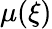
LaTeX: \mu(\xi)